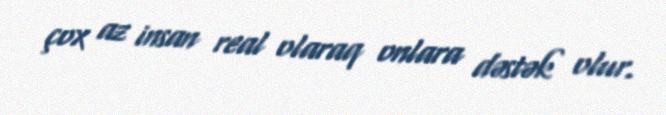
çox az insan real olaraq onlara dəstək olur.